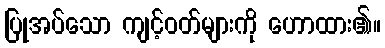
ပြုအပ်သော ကျင့်ဝတ်များကို ဟောထား၏။